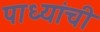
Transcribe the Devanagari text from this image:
पाध्यांची